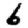
Digit: 6